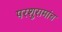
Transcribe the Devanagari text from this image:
परशुरामांच